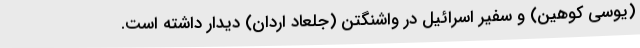
(یوسی کوهین) و سفیر اسرائیل در واشنگتن (جلعاد اردان) دیدار داشته است.